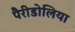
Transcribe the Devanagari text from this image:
पैरीडोलिया